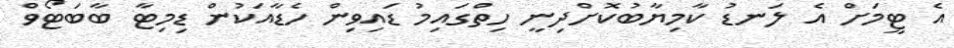
އެ ޓީމަށް އެ ލަނޑު ކާމިޔާބުކޮށްދިނީ ހިތްގައިމު ޑައިވިން ހެޑާއަކުން ޑިމިޓާ ބާބަޓޯވް